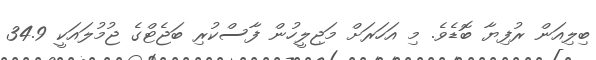
ބިލިއަން ރުފިޔާ ބޮޑެވެ. މި އަހަރަށް މަޖިލީހުން ފާސްކުރި ބަޖެޓްގެ ޖުމުލައަކީ 34.9